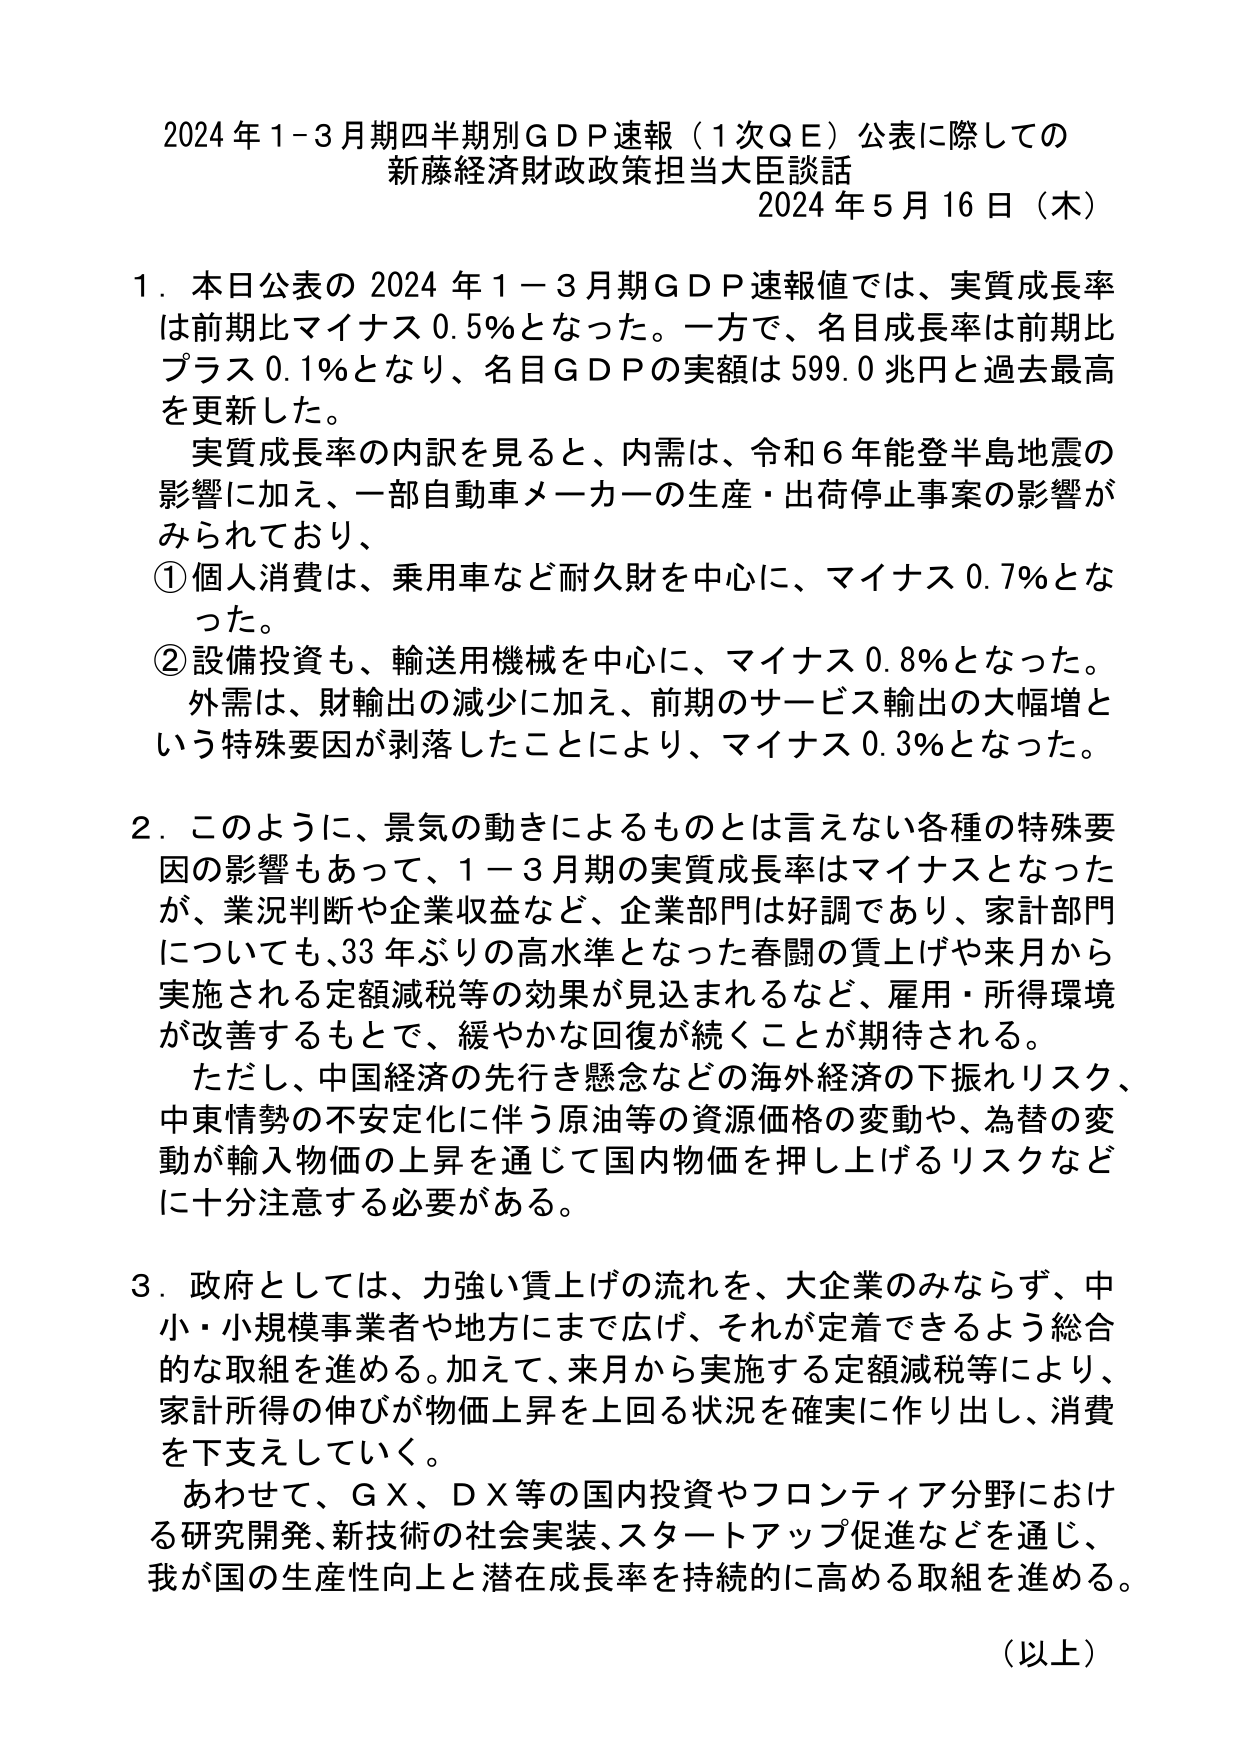
2024年1-3月期四半期別GDP速報（1次QE）公表に際しての
新藤経済財政政策担当大臣談話
2024年5月16日（木）

1．本日公表の2024年1－3月期GDP速報値では、実質成長率は前期比マイナス0.5％となった。一方で、名目成長率は前期比プラス0.1％となり、名目GDPの実額は599.0兆円と過去最高を更新した。
　実質成長率の内訳を見ると、内需は、令和6年能登半島地震の影響に加え、一部自動車メーカーの生産・出荷停止事案の影響がみられており、
①個人消費は、乗用車など耐久財を中心に、マイナス0.7％となった。
②設備投資も、輸送用機械を中心に、マイナス0.8％となった。
　外需は、財輸出の減少に加え、前期のサービス輸出の大幅増という特殊要因が剥落したことにより、マイナス0.3％となった。

2．このように、景気の動きによるものとは言えない各種の特殊要因の影響もあって、1－3月期の実質成長率はマイナスとなったが、業況判断や企業収益など、企業部門は好調であり、家計部門についても、33年ぶりの高水準となった春闘の賃上げや来月から実施される定額減税等の効果が見込まれるなど、雇用・所得環境が改善するもとで、緩やかな回復が続くことが期待される。
　ただし、中国経済の先行き懸念などの海外経済の下振れリスク、中東情勢の不安定化に伴う原油等の資源価格の変動や、為替の変動が輸入物価の上昇を通じて国内物価を押し上げるリスクなどに十分注意する必要がある。

3．政府としては、力強い賃上げの流れを、大企業のみならず、中小・小規模事業者や地方にまで広げ、それが定着できるよう総合的な取組を進める。加えて、来月から実施する定額減税等により、家計所得の伸びが物価上昇を上回る状況を確実に作り出し、消費を下支えしていく。
　あわせて、GX、DX等の国内投資やフロンティア分野における研究開発、新技術の社会実装、スタートアップ促進などを通じ、我が国の生産性向上と潜在成長率を持続的に高める取組を進める。

（以上）